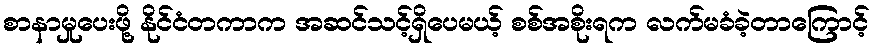
စာနာမှုပေးဖို့ နိုင်ငံတကာက အဆင်သင့်ရှိပေမယ့် စစ်အစိုးရက လက်မခံခဲ့တာကြောင့်